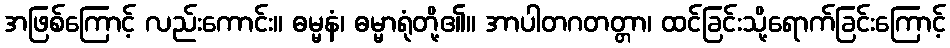
အဖြစ်ကြောင့် လည်းကောင်း။ ဓမ္မနံ၊ ဓမ္မာရုံတို့၏။ အာပါတဂတတ္တာ၊ ထင်ခြင်းသို့ရောက်ခြင်းကြောင့်